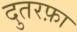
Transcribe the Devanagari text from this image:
दुतरफ़ा